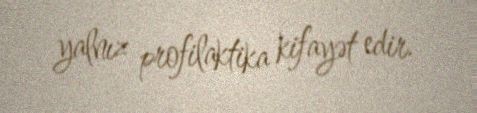
yalnız profilaktika kifayət edir.